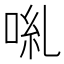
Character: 𠴄